Vaccination in the Punjab 1867-1880 - 1867-1880
Year: 1867
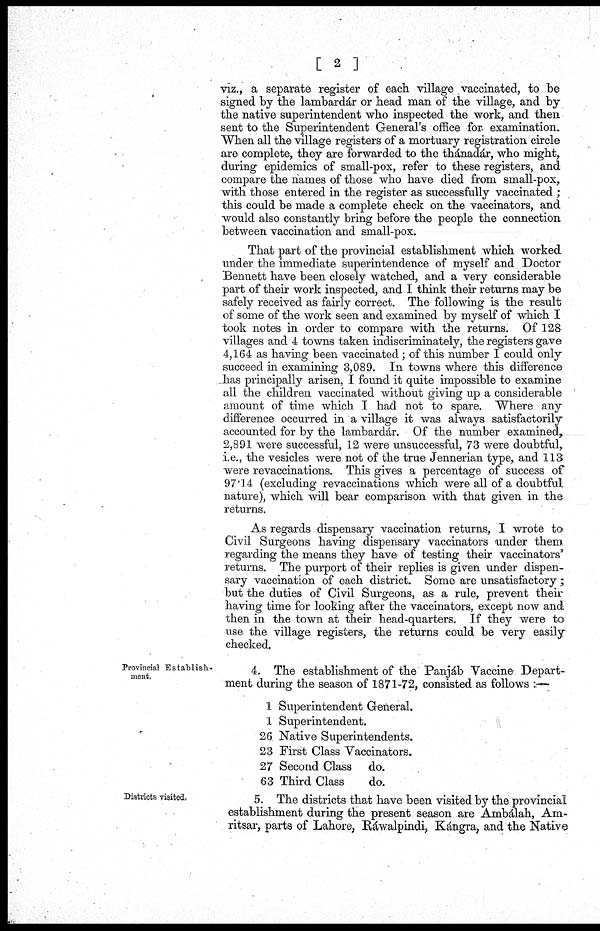
[ 2 ]
viz., a separate register of each village vaccinated, to be
signed by the lambardár or head man of the village, and by
the native superintendent who inspected the work, and then
sent to the Superintendent General's office for. examination.
When all the village registers of a mortuary registration circle
are complete, they are forwarded to the thánadár, who might,
during epidemics of small-pox, refer to these registers, and
compare the names of those who have died from small-pox,
with those entered in the register as successfully vaccinated ;
this could be made a complete check on the vaccinators, and
would also constantly bring before the people the connection
between vaccination and small-pox.
That part of the provincial establishment which worked
under the immediate superintendence of myself and Doctor
Bennett have been closely watched, and a very considerable
part of their work inspected, and I think their returns may be
safely received as fairly correct. The following is the result
of some of the work seen and examined by myself of which I
took notes in order to compare with the returns. Of 128
villages and 4 towns taken indiscriminately, the registers gave
4,164 as having been vaccinated; of this number I could only
succeed in examining 3,089. In towns where this difference
has principally arisen, I found it quite impossible to examine
all the children vaccinated without giving up a considerable
amount of time which I had not to spare. Where any
difference occurred in a village it was always satisfactorily
accounted for by the lambardár. Of the number examined,
2,891 were successful, 12 were unsuccessful, 73 were doubtful,
i.e., the vesicles were not of the true Jennerian type, and 113
were revaccinations. This gives a percentage of success of
97.14 (excluding revaccinations which were all of a doubtful
nature), which will bear comparison with that given in the
returns.
As regards dispensary vaccination returns, I wrote to
Civil Surgeons having dispensary vaccinators under them
regarding the means they have of testing their vaccinators'
returns. The purport of their replies is given under dispen-
sary vaccination of each district. Some are unsatisfactory ;
but the duties of Civil Surgeons, as a rule, prevent their
having time for looking after the vaccinators, except now and
then in the town at their head-quarters. If they were to
use the village registers, the returns could be very easily
checked.
Provincial Establish¬
ment.
4. The establishment of the Panjáb Vaccine Depart-
ment during the season of 1871-72, consisted as follows :—
1 Superintendent General.
1 Superintendent.
26 Native Superintendents.
23 First Class Vaccinators.
27 Second Class do.
63 Third Class
do.
Districts visited.
5. The districts that have been visited by the provincial
establishment during the present season are Ambálah, Am-
ritsar, parts of Lahore, Ráwalpindi, Kángra, and the Native